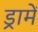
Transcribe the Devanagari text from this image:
ड्रामें